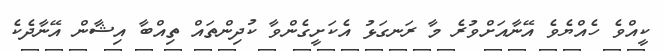
ކީއްވެ ހެއްޔެވެ އޭނާއަށްވުރެ މާ ރަނގަޅު އެކަށީގެންވާ ކުދިންތައް ތިއްބާ އިޝާން އޭނާދެކެ